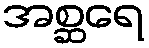
အစ္ဆရေ